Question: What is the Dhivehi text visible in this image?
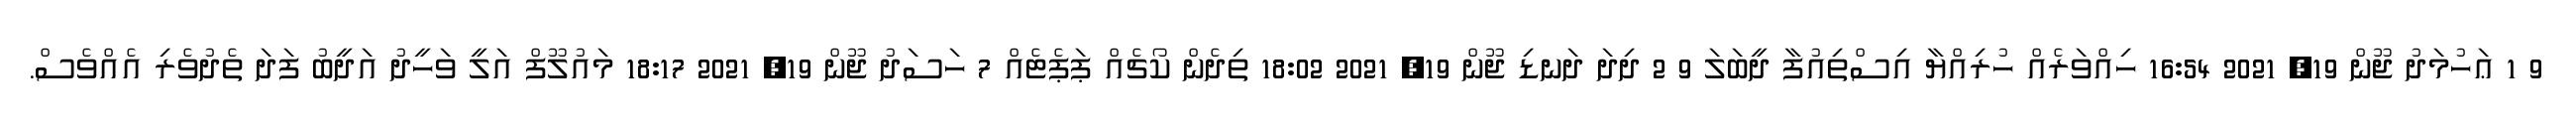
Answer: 9 1 ޢަހުމަދު ޖޫން 19, 2021 16:54 ހިއްވަރެއް ހުރިއްޔާ އިސްތިއުފާ ދީބަލަ 9 2 ދިދަ ދަނޑި ޖޫން 19, 2021 18:02 ތިދެން ކޯޗެއް ޕަޕެޓެއް 7 ހަސަދު ޖޫން 19, 2021 18:17 މައުލޫފް އަލީ ވަހީދު އަދީބު ފަދަ ތެދުވެރި އެއްވެސް.